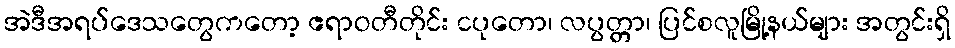
အဲဒီအရပ်ဒေသတွေကတော့ ဧရာဝတီတိုင်း ငပုတော၊ လပွတ္တာ၊ ပြင်စလူမြို့နယ်များ အတွင်းရှိ